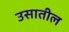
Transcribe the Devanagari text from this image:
उसातील